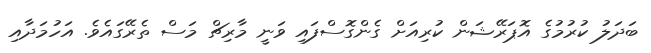
ބަދަލު ކުރުމުގެ އޮޕަރޭޝަން ކުރިއަށް ގެންގޮސްފައި ވަނީ މާރިޗް މަސް ތެރޭގައެވެ. އަހުމަދާއި